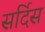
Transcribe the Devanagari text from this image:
सर्दिस